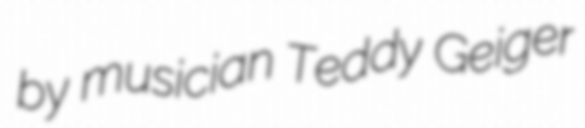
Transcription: by musician Teddy Geiger